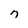
Character: n